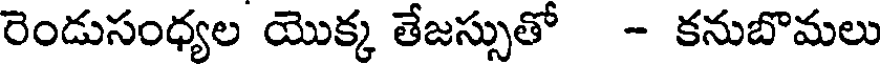
రెండుసంధ్యల యొక్క తేజస్సుతో - కనుబొమలు